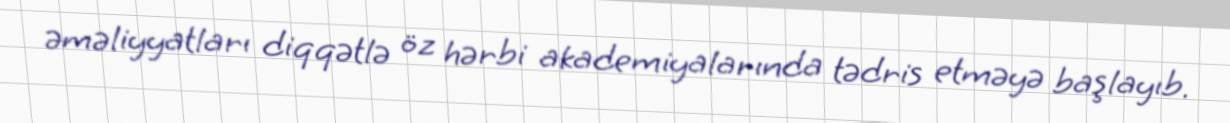
əməliyyatları diqqətlə öz hərbi akademiyalarında tədris etməyə başlayıb.